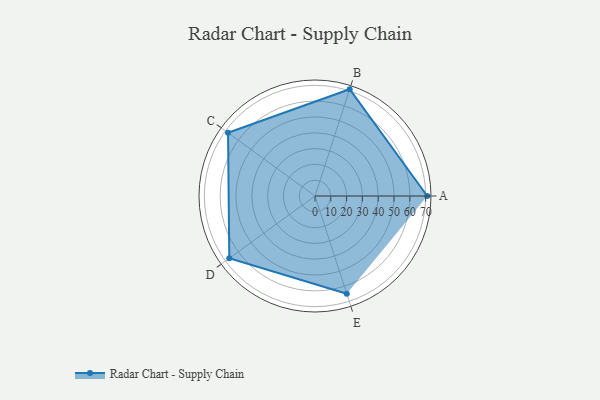
{"axis": {"x": "Skill", "y": "Score"}, "legend": ["Profile"], "data": [{"x": "A", "y": 71.0, "type": "Profile"}, {"x": "B", "y": 71.0, "type": "Profile"}, {"x": "C", "y": 68.0, "type": "Profile"}, {"x": "D", "y": 67.0, "type": "Profile"}, {"x": "E", "y": 65.0, "type": "Profile"}]}